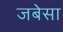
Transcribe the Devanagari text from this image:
जबेसा